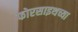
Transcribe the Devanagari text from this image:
फोरसाइथच्या